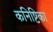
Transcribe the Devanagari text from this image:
कनिष्टिका